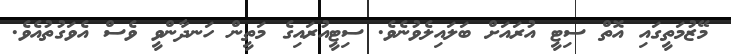
މޭޒުމަތީގައި އޮތް ސިޓީ އުރައަށް ބަލައިލެވުނެވެ. ސިޓީއުރައިގެ މަތީން ހަނދާންވީ ވެސް އެވަގުތުއެވެ.